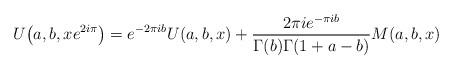
LaTeX: \begin{gather*}U\big(a,b,xe^{2i\pi}\big)=e^{-2\pi i b}U(a,b,x)+\frac{2\pi i e^{-\pi i b}}{\Gamma(b)\Gamma(1+a-b)} M(a,b,x)\end{gather*}